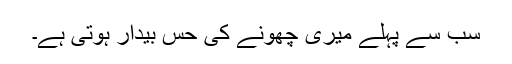
سب سے پہلے میری چھونے کی حس بیدار ہوتی ہے۔